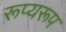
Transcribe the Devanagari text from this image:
रूप्यरूप